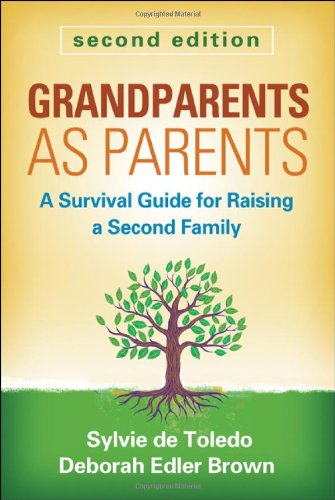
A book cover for Grandparents as Parents, Second Edition: A Survival Guide for Raising a Second Family; Sylvie de Toledo LCSW; Parenting & Relationships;